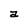
Character: a